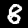
Digit: 8